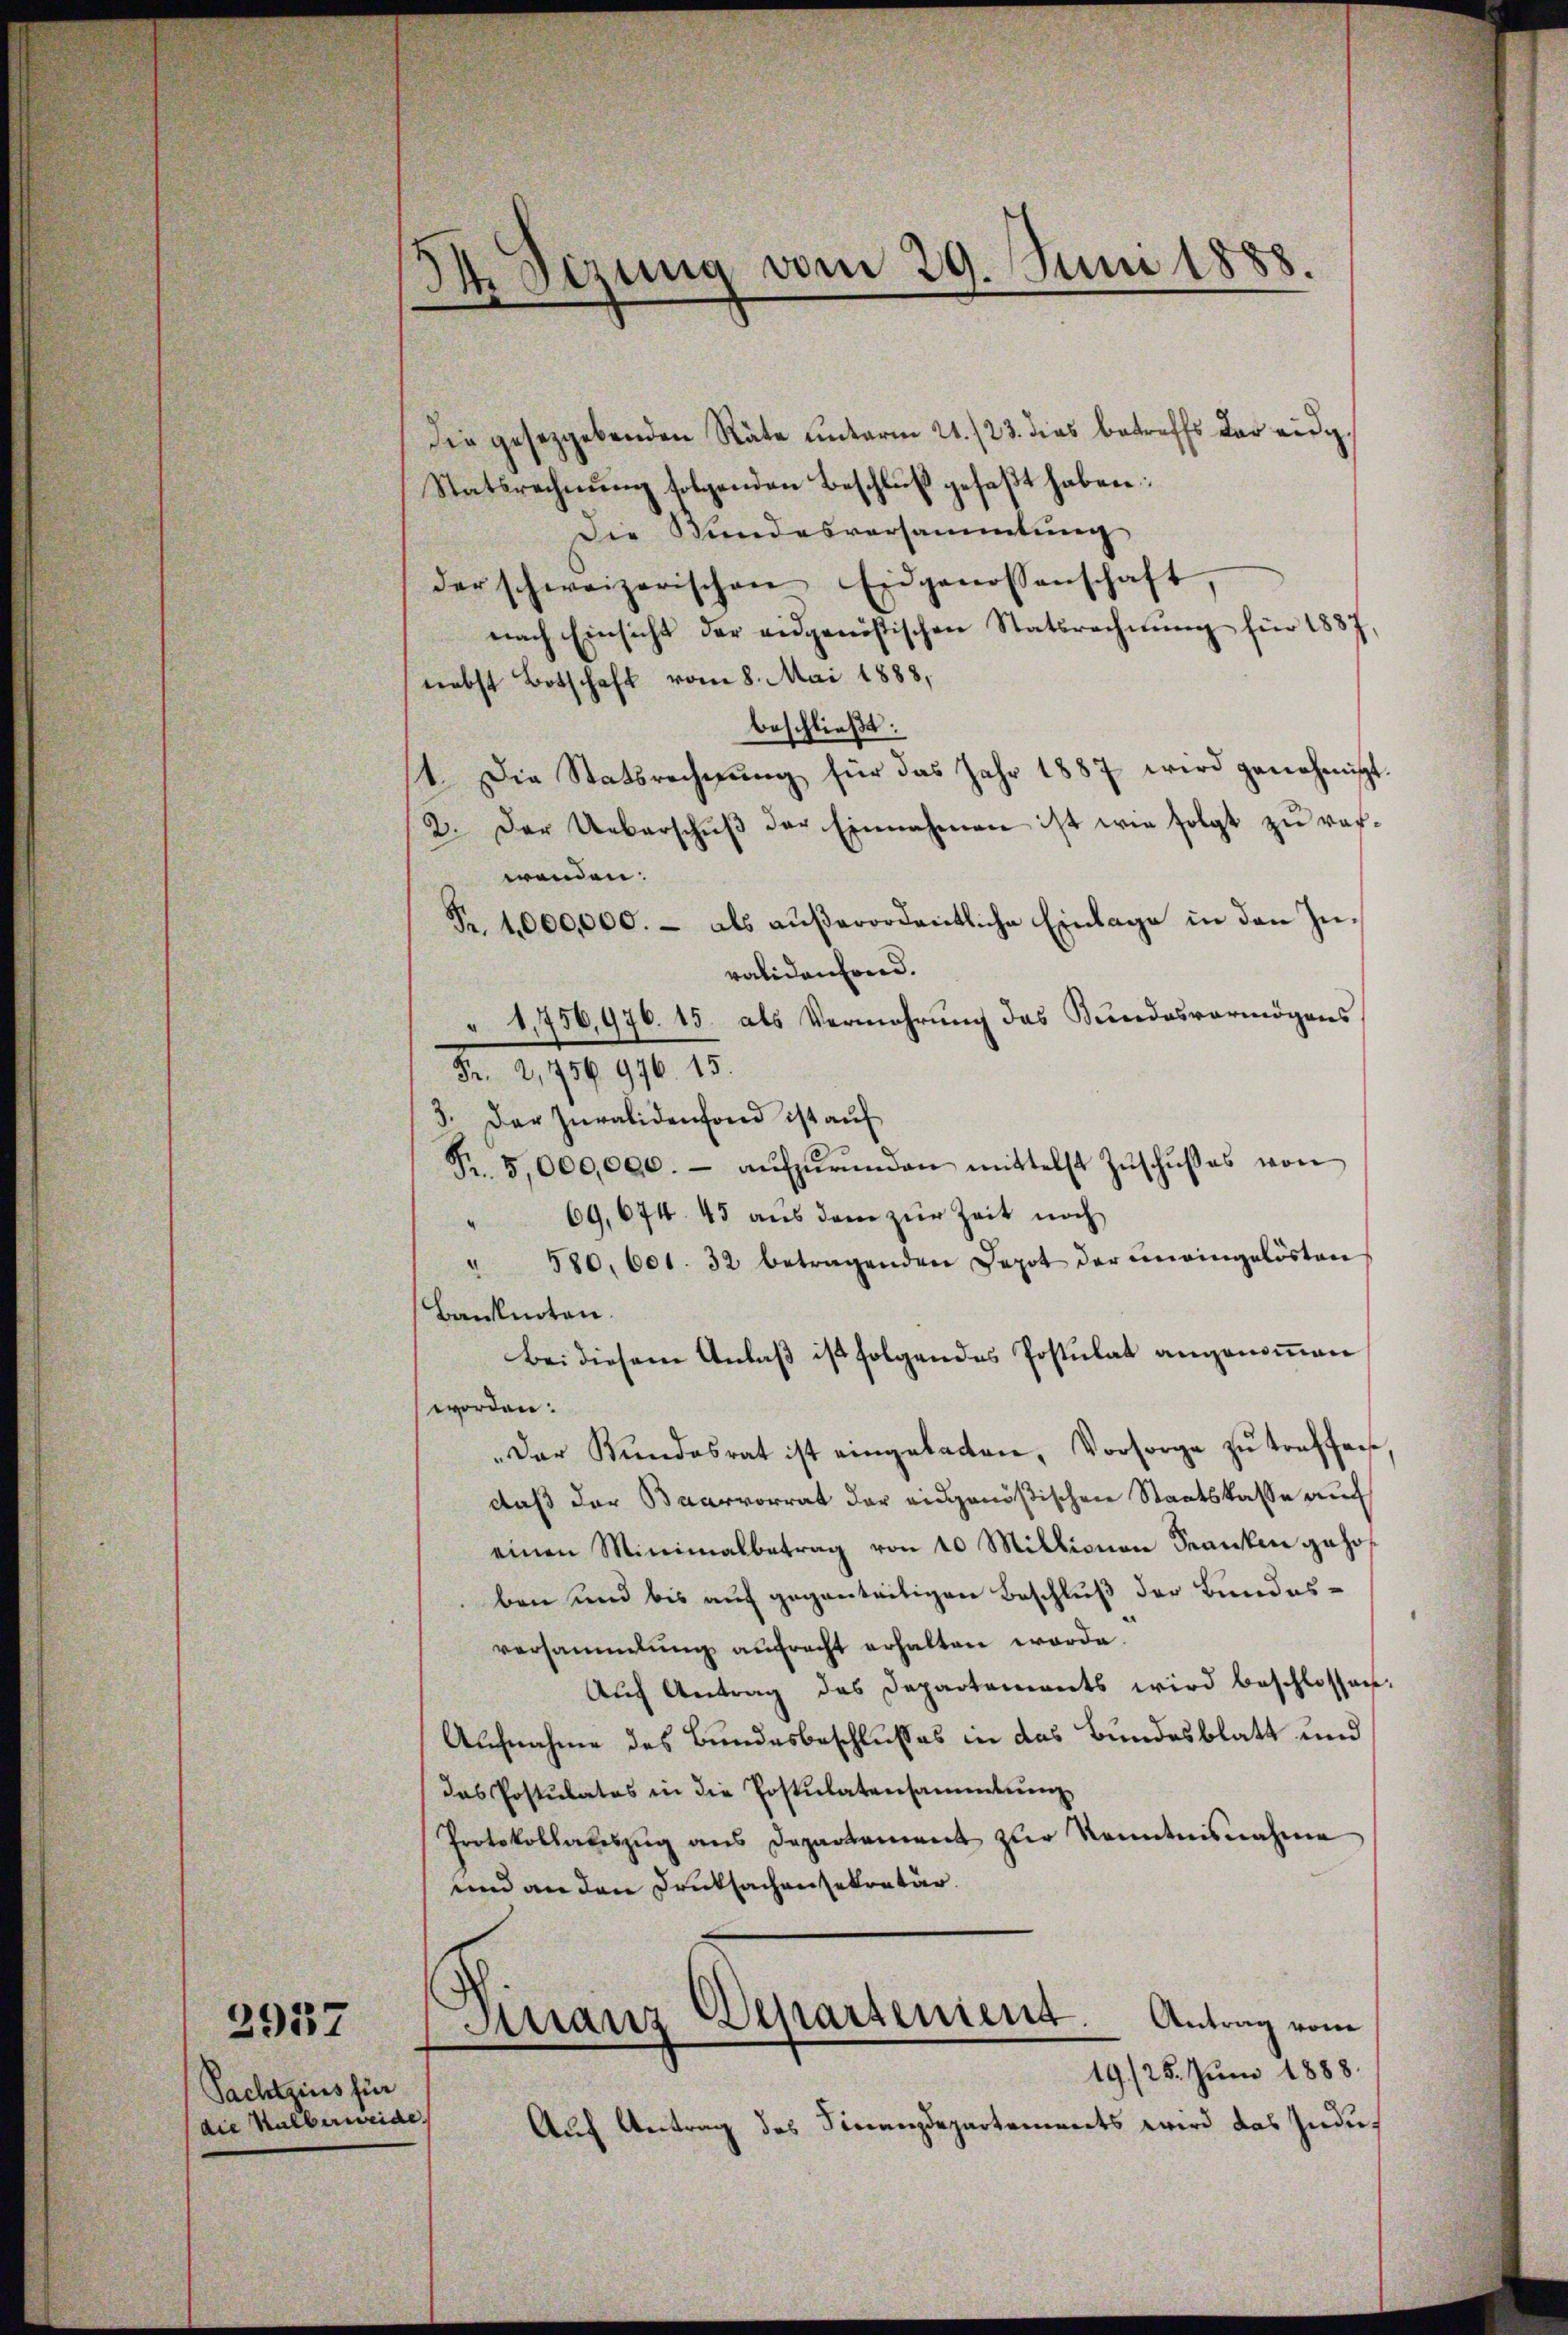
Pachtzins für
(die Halberweide.

d Sitzung vom 29. Juni 1888.

die gesetzgebenden Räte unterm 21./23. dies betreffs der eidg
Statsrechnung folgenden Beschluß gefaßt haben:
Die Stundesversammlung
der schweizerischen Eidgenossenschaft
nach Einsicht der eidgenößischen Statsrechnŭng für 1837
nebst Botschaft vom 8. Mai 1888,
beschließt:
t. Die Statsrechnŭng für das Jahr 1887 wird genehmigt.
2. Der Ueberschŭβ der Einnahmen ist wie folgt zŭ ver-
wenden:
Fr. 1000,000.- als außerordentliche Einlage in den Zuvalidenfond.
" 1,756,976. 15. als Vermehrung das Bundesvermögens
Fr. 2,756 976. 15.
3. Der Juralidenfond ist auf
Fr. 5,000,000.- aŭfzŭrŭnden mittelst Zŭschŭβes von
" 69, 674. 45 aus dem zur Zeit noch
580. 601. 32 betragenden Depot der ineingelösten
d
Banknoten.
Bei diesem Anlaß ist folgendes Postulat angenommen
worden:
Der Kundesrat ist eingebatten, Vorsorge zŭ treffene
daß der Baarvorrat der eidgenößischen Staatskasse auc
einen Minimalbetrag von 10 Millionen Kranken gehof
ben und bis auf gegenteiligen Beschluß der Bundesversammlung aŭfrecht erhalten werde.
Auch Antrag des Departements wird beschlossen:
Aufnahme des Bundesbeschlusses in das Bundesblatt und
das Postulates in die Postulatensammlung
Protokollateszug aus Departement zur Kenntnisnahme
und an den Drucksachensekretär.
2937 Finanz Departenient. Antrag vom
19./25. Juni 1888.
Auf Antrag des Finanzdepartements wird das Indu¬